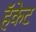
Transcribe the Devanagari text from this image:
हॅकेट